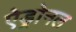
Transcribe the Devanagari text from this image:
ऐड्रोनल